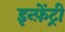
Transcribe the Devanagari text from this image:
इन्फ़ेंट्री